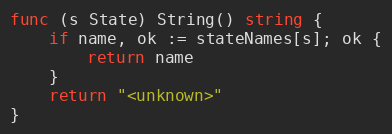
Language: Go
func (s State) String() string {
	if name, ok := stateNames[s]; ok {
		return name
	}
	return "<unknown>"
}